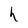
Character: h